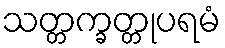
သတ္တက္ခတ္တုပရမံ